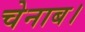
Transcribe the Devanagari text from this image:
चेनाब।